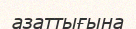
азаттығына